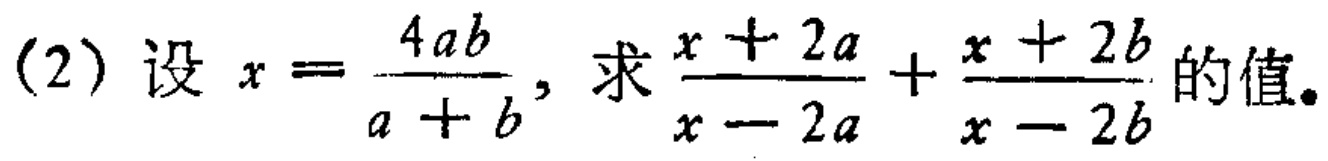
(2) 设 \(x = \frac{4ab}{a + b}\), 求 \(\frac{x + 2a}{x - 2a}+\frac{x + 2b}{x - 2b}\) 的值。